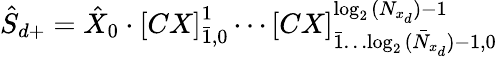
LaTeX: \hat{S}_{d+}=\hat{X}_{0}\cdot{[CX]}_{\bar{1},0}^{1}\cdots{[CX]}_{\bar{1}\dots\bar{\log_{2}{(N_{x_{d}})}-1},0}^{\log_{2}{(N_{x_{d}})}-1}